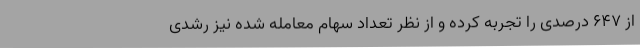
از 647 درصدی را تجربه کرده و از نظر تعداد سهام معامله شده نیز رشدی